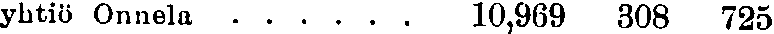
yhtiö Onnela . . . . . . 10,969 308 725